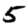
Digit: 5